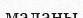
маланы